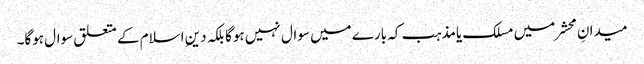
میدانِ محشر میں مسلک یامذہب کہ بارے میں سوال نہیں ہوگا بلکہ دینِ اسلام کے متعلق سوال ہوگا۔